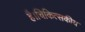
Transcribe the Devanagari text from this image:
है।चिकित्सकीय